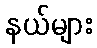
နယ်များ